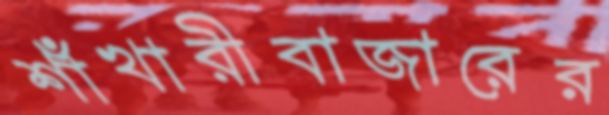
শাঁখারীবাজারের